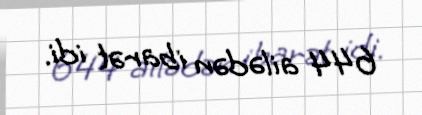
644 ailədən ibarət idi.